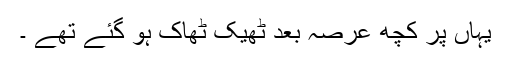
یہاں پر کچھ عرصہ بعد ٹھیک ٹھاک ہو گئے تھے ۔